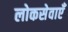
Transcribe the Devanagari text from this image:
लोकसेवाएँ